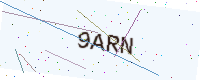
Text: 9ARN